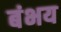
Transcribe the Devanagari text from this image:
बंभय